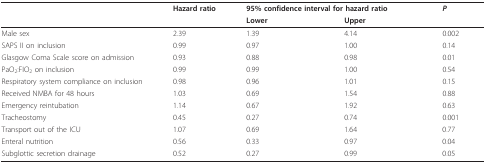
<table><thead><tr><td></td><td><b>Hazard ratio</b></td><td colspan="2"><b>95% confidence interval for hazard ratio</b></td><td><b><i>P</i></b></td></tr><tr><td></td><td></td><td><b>Lower</b></td><td><b>Upper</b></td><td></td></tr></thead><tbody><tr><td>Male sex</td><td>2.39</td><td>1.39</td><td>4.14</td><td>0.002</td></tr><tr><td>SAPS II on inclusion</td><td>0.99</td><td>0.97</td><td>1.00</td><td>0.14</td></tr><tr><td>Glasgow Coma Scale score on admission</td><td>0.93</td><td>0.88</td><td>0.98</td><td>0.01</td></tr><tr><td>PaO<sub>2</sub>:FIO<sub>2 </sub>on inclusion</td><td>0.99</td><td>0.99</td><td>1.00</td><td>0.54</td></tr><tr><td>Respiratory system compliance on inclusion</td><td>0.98</td><td>0.96</td><td>1.01</td><td>0.15</td></tr><tr><td>Received NMBA for 48 hours</td><td>1.03</td><td>0.69</td><td>1.54</td><td>0.88</td></tr><tr><td>Emergency reintubation</td><td>1.14</td><td>0.67</td><td>1.92</td><td>0.63</td></tr><tr><td>Tracheostomy</td><td>0.45</td><td>0.27</td><td>0.74</td><td>0.001</td></tr><tr><td>Transport out of the ICU</td><td>1.07</td><td>0.69</td><td>1.64</td><td>0.77</td></tr><tr><td>Enteral nutrition</td><td>0.56</td><td>0.33</td><td>0.97</td><td>0.04</td></tr><tr><td>Subglottic secretion drainage</td><td>0.52</td><td>0.27</td><td>0.99</td><td>0.05</td></tr></tbody></table>